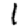
Digit: 1